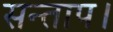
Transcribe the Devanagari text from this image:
सन्‍ताप।